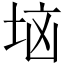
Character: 垴